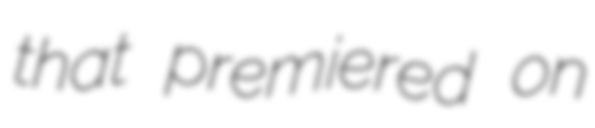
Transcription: that premiered on